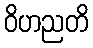
ဝိဟညတိ